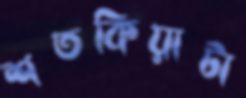
শতকিয়াটা